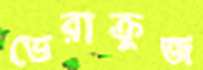
ভেরাক্রুজ